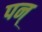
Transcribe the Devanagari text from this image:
पन्